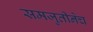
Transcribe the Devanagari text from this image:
समजुतीनेच